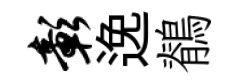
彰𨓜鶺